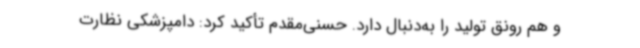
و هم رونق تولید را به‌دنبال دارد. حسنی‌مقدم تأکید کرد: دامپزشکی نظارت